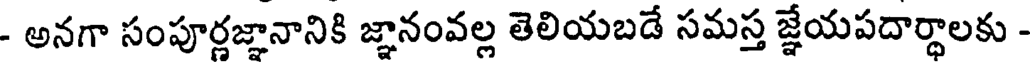
- అనగా సంపూర్ణజ్ఞానానికి జ్ఞానంవల్ల తెలియబడే సమస్త జ్ఞేయపదార్థాలకు -